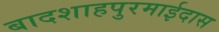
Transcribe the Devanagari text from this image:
बादशाहपुरमाईदास